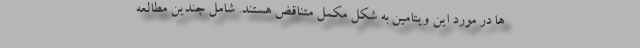
ها در مورد این ویتامین به شکل مکمل متناقض هستند. شامل چندین مطالعه